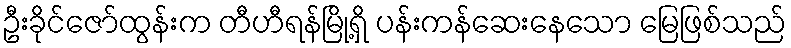
ဦးခိုင်ဇော်ထွန်းက တီဟီရန်မြို့ရှိ ပန်းကန်ဆေးနေသော မြေဖြစ်သည်